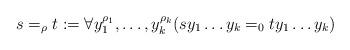
LaTeX: \begin{align*}s=_\rho t:=\forall y_1^{\rho_1},\dots,y_k^{\rho_k}(sy_1\dots y_k=_0ty_1\dots y_k)\end{align*}